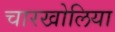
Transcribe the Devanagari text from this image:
चारखोलिया